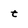
Character: t